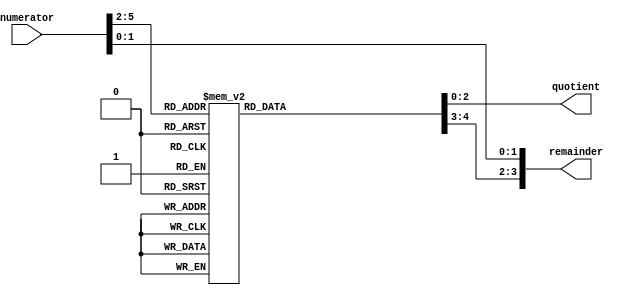
`timescale 1ns / 1ps
//////////////////////////////////////////////////////////////////////////////////
// Company: 
// Engineer: 
// 
// Design Name: 
// Module Name:    divide_by12 
// Project Name: 
// Target Devices: 
// Tool versions: 
// Description: 
//
// Dependencies: 
//
// Revision: 
// Revision 0.01 - File Created
// Additional Comments: 
//
//////////////////////////////////////////////////////////////////////////////////
module divide_by12(
	input [5:0] numerator,  // value to be divided by 12
	output reg [2:0] quotient, 
	output [3:0] remainder
);

reg [1:0] remainder3to2;
always @(numerator[5:2])
case(numerator[5:2])
	 0: begin quotient=0; remainder3to2=0; end
	 1: begin quotient=0; remainder3to2=1; end
	 2: begin quotient=0; remainder3to2=2; end
	 3: begin quotient=1; remainder3to2=0; end
	 4: begin quotient=1; remainder3to2=1; end
	 5: begin quotient=1; remainder3to2=2; end
	 6: begin quotient=2; remainder3to2=0; end
	 7: begin quotient=2; remainder3to2=1; end
	 8: begin quotient=2; remainder3to2=2; end
	 9: begin quotient=3; remainder3to2=0; end
	10: begin quotient=3; remainder3to2=1; end
	11: begin quotient=3; remainder3to2=2; end
	12: begin quotient=4; remainder3to2=0; end
	13: begin quotient=4; remainder3to2=1; end
	14: begin quotient=4; remainder3to2=2; end
	15: begin quotient=5; remainder3to2=0; end
endcase

assign remainder[1:0] = numerator[1:0];  // the first 2 bits are copied through
assign remainder[3:2] = remainder3to2;  // and the last 2 bits come from the case statement
endmodule